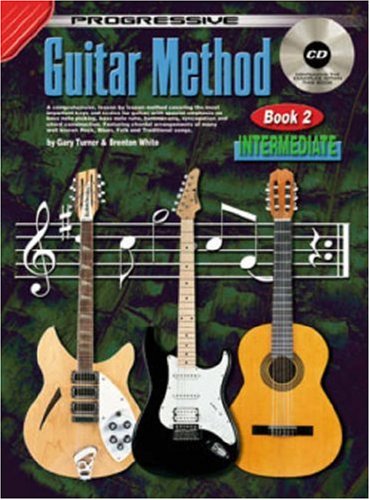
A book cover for Progressive Guitar Method, Book 2: Intermediate; Gary Turner; Teen & Young Adult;